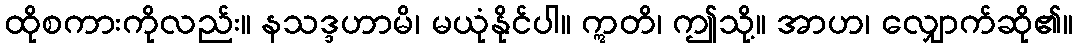
ထိုစကားကိုလည်း။ နသဒ္ဒဟာမိ၊ မယုံနိုင်ပါ။ ဣတိ၊ ဤသို့။ အာဟ၊ လျှောက်ဆို၏။